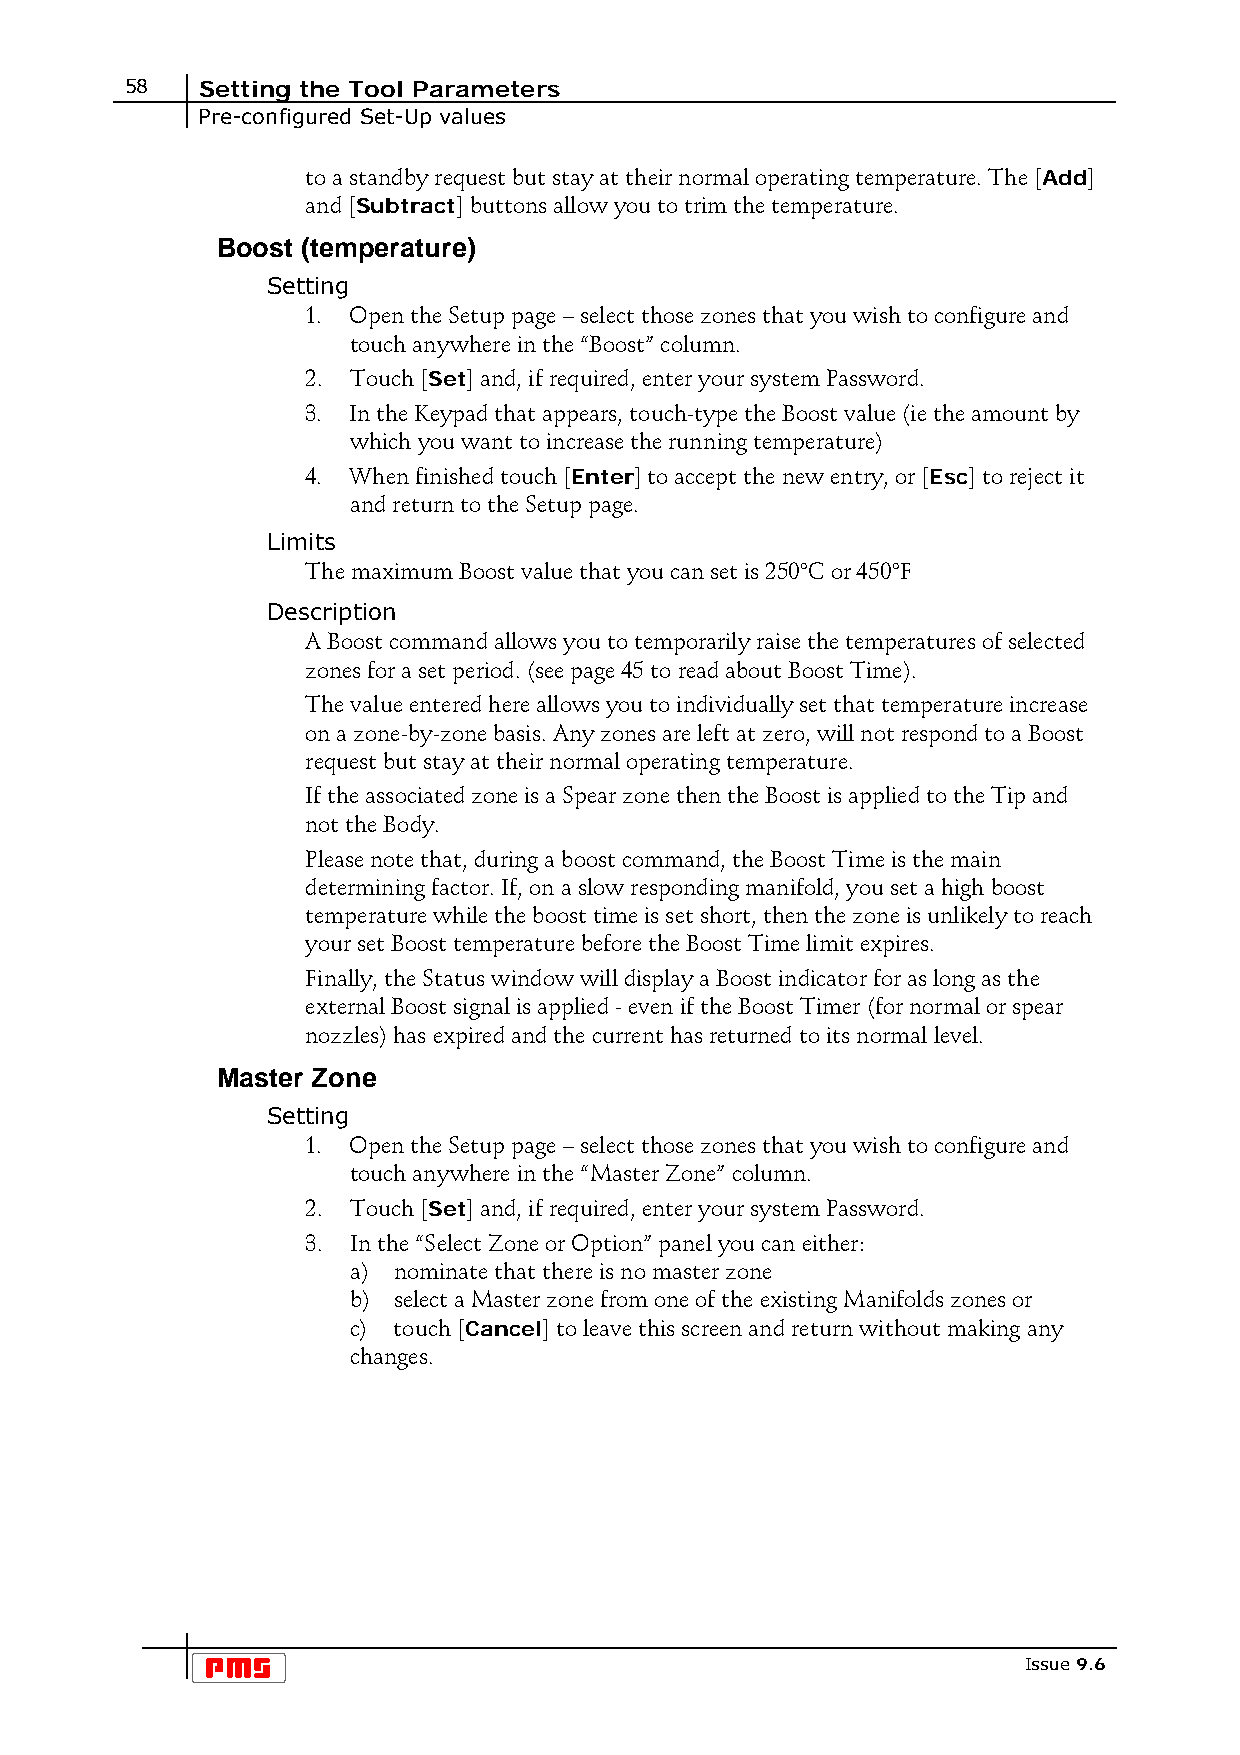
58   Setting the Tool Parameters
 Pre-configured Set-Up values
 to a standby request but stay at their normal operating temperature. The [Add]
 and [Subtract] buttons allow you to trim the temperature.
 Boost (temperature)
 Setting
 1. Open the Setup page – select those zones that you wish to configure and
 touch anywhere in the “Boost” column.
 2. Touch [Set] and, if required, enter your system Password.
 3. In the Keypad that appears, touch-type the Boost value (ie the amount by
 which you want to increase the running temperature)
 4. When finished touch [Enter] to accept the new entry, or [Esc] to reject it
 and return to the Setup page.
 Limits
 The maximum Boost value that you can set is 250°C or 450°F
 Description
 A Boost command allows you to temporarily raise the temperatures of selected
 zones for a set period. (see page 45 to read about Boost Time).
 The value entered here allows you to individually set that temperature increase
 on a zone-by-zone basis. Any zones are left at zero, will not respond to a Boost
 request but stay at their normal operating temperature.
 If the associated zone is a Spear zone then the Boost is applied to the Tip and
 not the Body.
 Please note that, during a boost command, the Boost Time is the main
 determining factor. If, on a slow responding manifold, you set a high boost
 temperature while the boost time is set short, then the zone is unlikely to reach
 your set Boost temperature before the Boost Time limit expires.
 Finally, the Status window will display a Boost indicator for as long as the
 external Boost signal is applied - even if the Boost Timer (for normal or spear
 nozzles) has expired and the current has returned to its normal level.
 Master Zone
 Setting
 1. Open the Setup page – select those zones that you wish to configure and
 touch anywhere in the “Master Zone” column.
 2. Touch [Set] and, if required, enter your system Password.
 3. In the “Select Zone or Option” panel you can either:
 a) nominate that there is no master zone
 b) select a Master zone from one of the existing Manifolds zones or
 c) touch [Cancel] to leave this screen and return without making any
 changes.
 Issue 9.6